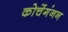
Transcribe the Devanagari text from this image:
कोचेंगंनन